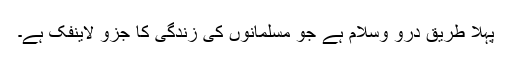
پہلا طریق درو وسلام ہے جو مسلمانوں کی زندگی کا جزو لاینفک ہے۔